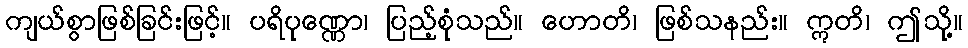
ကျယ်စွာဖြစ်ခြင်းဖြင့်။ ပရိပုဏ္ဏော၊ ပြည့်စုံသည်။ ဟောတိ၊ ဖြစ်သနည်း။ ဣတိ၊ ဤသို့။